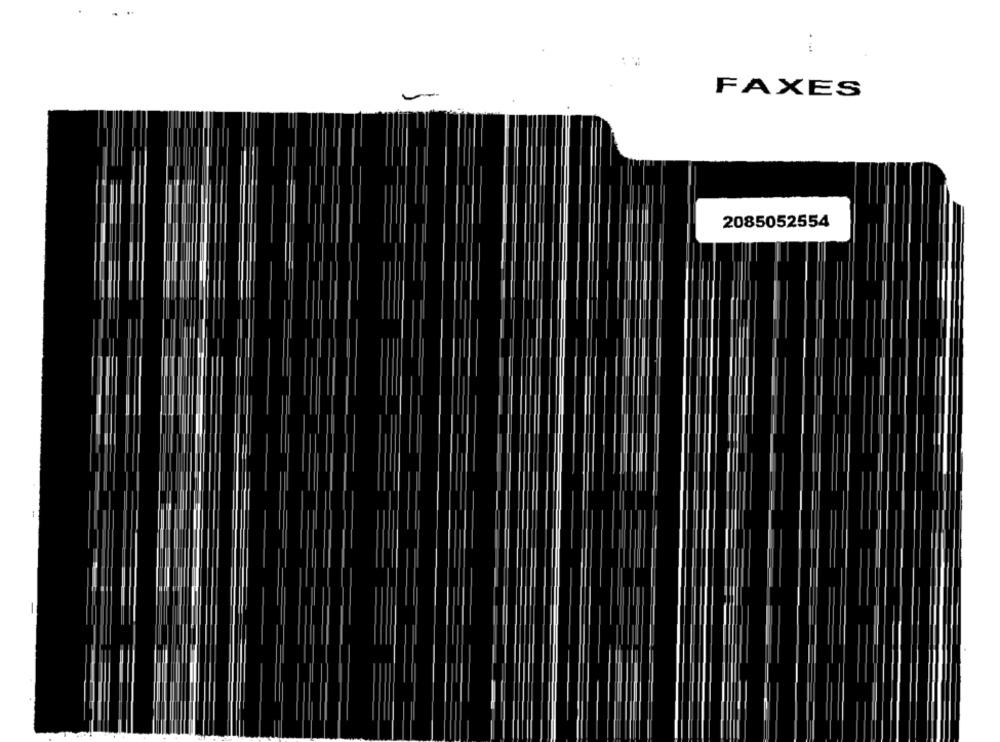
-
FAXES
2085052554